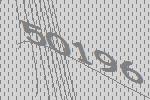
50196